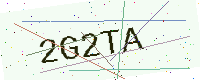
Text: 2G2TA